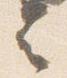
言